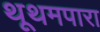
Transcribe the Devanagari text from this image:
थूथमपारा